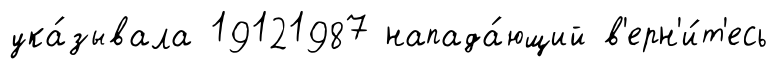
ука́зывала 19121987 напада́ющий в'ерн'и́т'есь